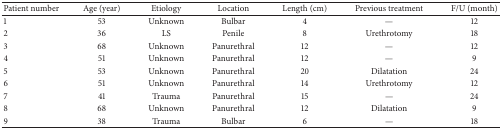
<table><thead><tr><td><b>Patient number</b></td><td><b>Age (year)</b></td><td><b>Etiology</b></td><td><b>Location</b></td><td><b>Length (cm)</b></td><td><b>Previous treatment</b></td><td><b>F/U (month)</b></td></tr></thead><tbody><tr><td>1</td><td>53</td><td>Unknown</td><td>Bulbar</td><td>4</td><td>—</td><td>12</td></tr><tr><td>2</td><td>36</td><td>LS</td><td>Penile</td><td>8</td><td>Urethrotomy</td><td>18</td></tr><tr><td>3</td><td>68</td><td>Unknown</td><td>Panurethral</td><td>12</td><td>—</td><td>12</td></tr><tr><td>4</td><td>51</td><td>Unknown</td><td>Panurethral</td><td>12</td><td>—</td><td>9</td></tr><tr><td>5</td><td>53</td><td>Unknown</td><td>Panurethral</td><td>20</td><td>Dilatation</td><td>24</td></tr><tr><td>6</td><td>51</td><td>Unknown</td><td>Panurethral</td><td>14</td><td>Urethrotomy</td><td>12</td></tr><tr><td>7</td><td>41</td><td>Trauma</td><td>Panurethral</td><td>15</td><td>—</td><td>24</td></tr><tr><td>8</td><td>68</td><td>Unknown</td><td>Panurethral</td><td>12</td><td>Dilatation</td><td>9</td></tr><tr><td>9</td><td>38</td><td>Trauma</td><td>Bulbar</td><td>6</td><td>—</td><td>18</td></tr></tbody></table>